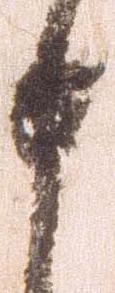
申